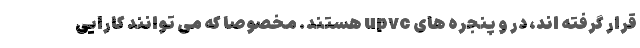
قرار گرفته اند، در و پنجره های upvc هستند. مخصوصا که می توانند کارایی